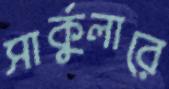
সার্কুলারে